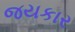
જયકાર